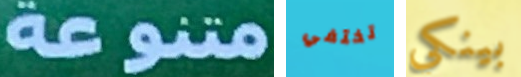
متنوعة تختفي بينكي